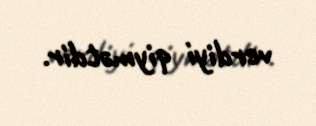
verdiyi qiymətdir.